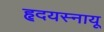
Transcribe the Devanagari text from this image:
हृदयस्नायू